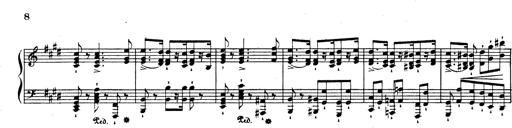
Title: Rhapsodie espagnole
Composer: Franz Liszt